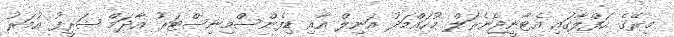
މިރޭގެ ހަފްލާގައި އެޓާނީޖެނެރަލް މުހައްމަދު އަނިލް އާއި ޑިފެންސްމިނިސްޓަރު އާދަމް ޝަރީފު އުމަރު